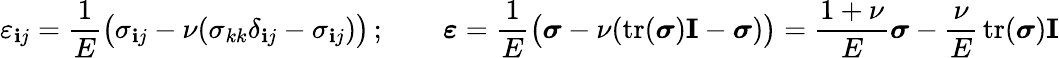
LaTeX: \varepsilon_{\mathbf{i}j}={\frac{{1}}{{E}}}{\big(}\sigma_{\mathbf{i}j}-\nu(\sigma_{kk}\delta_{\mathbf{i}j}-\sigma_{\mathbf{i}j}){\big)}\, ;\qquad{\boldsymbol{\varepsilon}}={\frac{{1}}{{E}}}{\big(}{\boldsymbol{\sigma}}-\nu(\operatorname{tr}({\boldsymbol{\sigma}})\mathbf{{I}}-{\boldsymbol{\sigma}}){\big)}={\frac{{1+\nu}}{{E}}}{\boldsymbol{\sigma}}-{\frac{{\nu}}{{E}}}\operatorname{tr}({\boldsymbol{\sigma}})\mathbf{{I}}